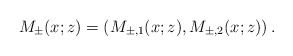
\begin{align*}M_{\pm}(x ; z)=\left( M_{\pm,1}(x ; z), M_{\pm,2}(x ; z)\right).\end{align*}